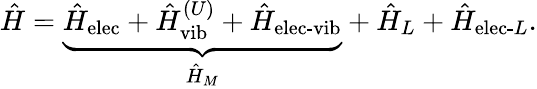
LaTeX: \hat{H}=\underbrace{\hat{H}_{\textrm{elec}}+\hat{H}_{\textrm{vib}}^{(U)}+\hat{H}_{\textrm{elec-vib}}}_{\hat{H}_{M}}+\hat{H}_{L}+\hat{H}_{\textrm{elec-}L}.